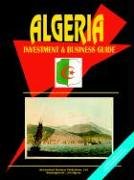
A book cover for Algeria Investment And Business Guide; Ibp Usa; Travel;